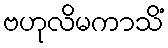
ဗဟုလိမကာသိံ